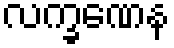
လက္ခဏေန